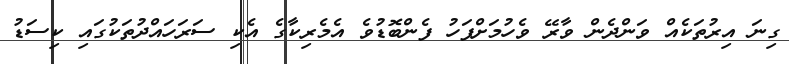
ގިނަ އިރުތަކެއް ވަންދެން ވާރޭ ވެހުމަށްފަހު ފެންބޮޑުވެ އެމެރިކާގެ އެކި ސަރަހައްދުތަކުގައި ކިސަޑު